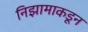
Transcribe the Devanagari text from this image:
निझामाकडून